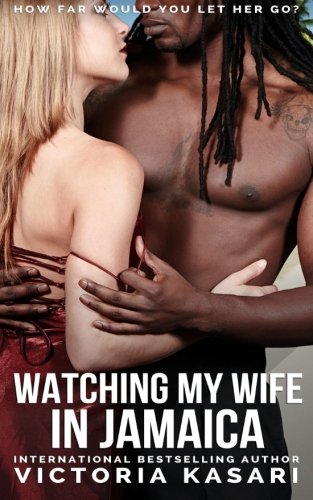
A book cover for Watching My Wife In Jamaica; Victoria Kasari; Romance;